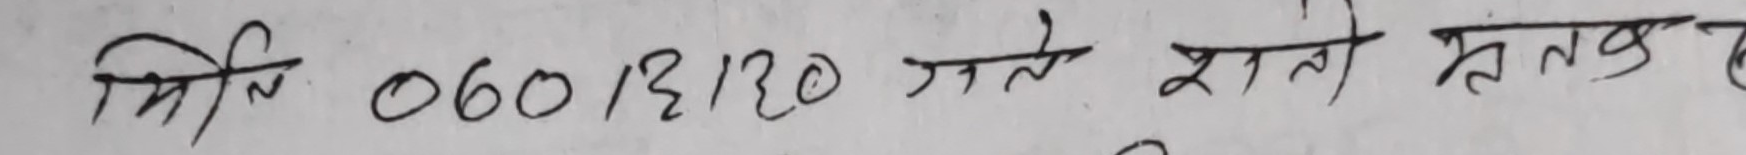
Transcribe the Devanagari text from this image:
मिलि 06013120 गते शते हत्क